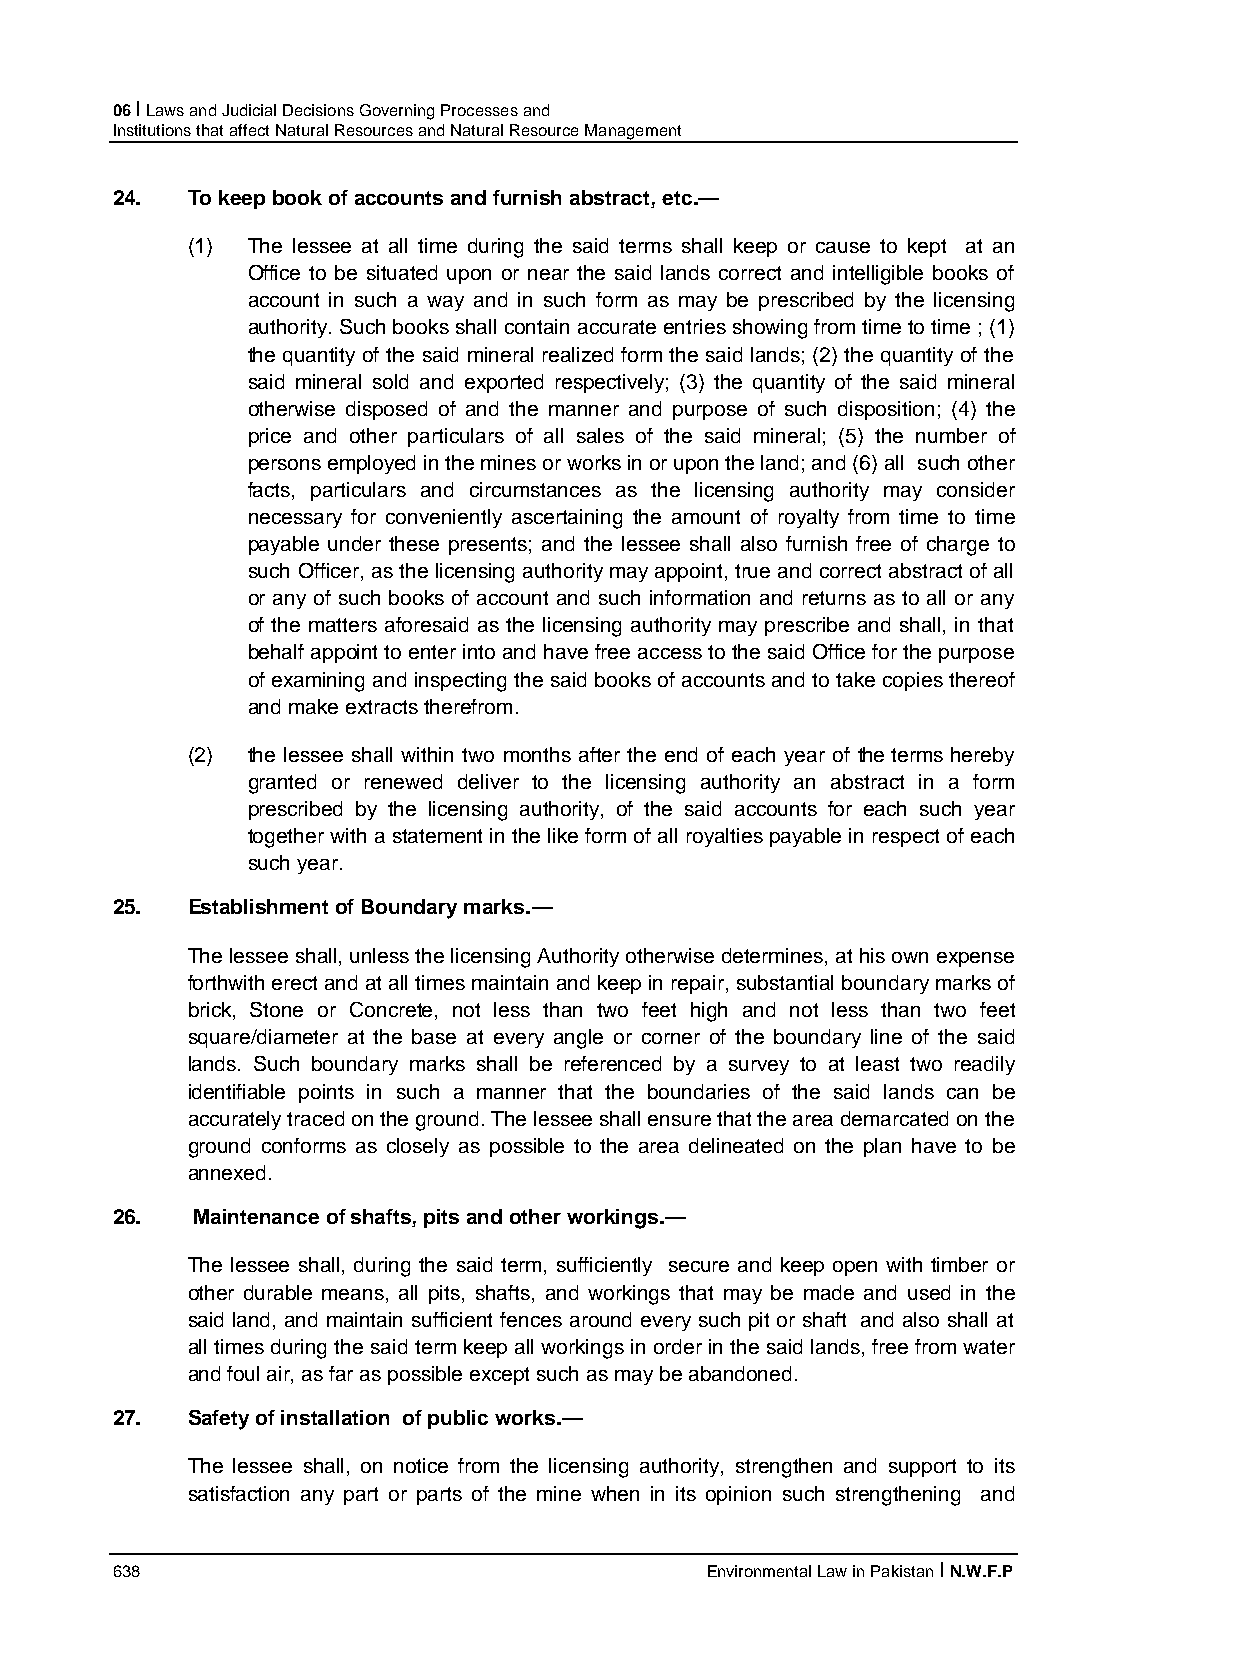
06 I Laws and Judicial Decisions Governing Processes and
 Institutions that affect Natural Resources and Natural Resource Management
 24.  To keep book of accounts and furnish abstract, etc.—
 (1) The lessee at all time during the said terms shall keep or cause to kept at an
 Office to be situated upon or near the said lands correct and intelligible books of
 account in such a way and in such form as may be prescribed by the licensing
 authority. Such books shall contain accurate entries showing from time to time ; (1)
 the quantity of the said mineral realized form the said lands; (2) the quantity of the
 said mineral sold and exported respectively; (3) the quantity of the said mineral
 otherwise disposed of and the manner and purpose of such disposition; (4) the
 price and other particulars of all sales of the said mineral; (5) the number of
 persons employed in the mines or works in or upon the land; and (6) all such other
 facts, particulars and circumstances as the licensing authority may consider
 necessary for conveniently ascertaining the amount of royalty from time to time
 payable under these presents; and the lessee shall also furnish free of charge to
 such Officer, as the licensing authority may appoint, true and correct abstract of all
 or any of such books of account and such information and returns as to all or any
 of the matters aforesaid as the licensing authority may prescribe and shall, in that
 behalf appoint to enter into and have free access to the said Office for the purpose
 of examining and inspecting the said books of accounts and to take copies thereof
 and make extracts therefrom.
 (2) the lessee shall within two months after the end of each year of the terms hereby
 granted or renewed deliver to the licensing authority an abstract in a form
 prescribed by the licensing authority, of the said accounts for each such year
 together with a statement in the like form of all royalties payable in respect of each
 such year.
 25.  Establishment of Boundary marks.—
 The lessee shall, unless the licensing Authority otherwise determines, at his own expense
 forthwith erect and at all times maintain and keep in repair, substantial boundary marks of
 brick, Stone or Concrete, not less than two feet high and not less than two feet
 square/diameter at the base at every angle or corner of the boundary line of the said
 lands. Such boundary marks shall be referenced by a survey to at least two readily
 identifiable points in such a manner that the boundaries of the said lands can be
 accurately traced on the ground. The lessee shall ensure that the area demarcated on the
 ground conforms as closely as possible to the area delineated on the plan have to be
 annexed.
 26.   Maintenance of shafts, pits and other workings.—
 The lessee shall, during the said term, sufficiently secure and keep open with timber or
 other durable means, all pits, shafts, and workings that may be made and used in the
 said land, and maintain sufficient fences around every such pit or shaft and also shall at
 all times during the said term keep all workings in order in the said lands, free from water
 and foul air, as far as possible except such as may be abandoned.
 27.  Safety of installation of public works.—
 The lessee shall, on notice from the licensing authority, strengthen and support to its
 satisfaction any part or parts of the mine when in its opinion such strengthening and
 638                                     Environmental Law in Pakistan I N.W.F.P